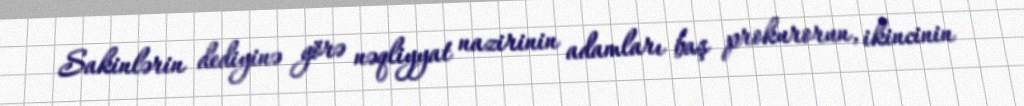
Sakinlərin dediyinə görə nəqliyyat nazirinin adamları baş prokurorun, ikincinin